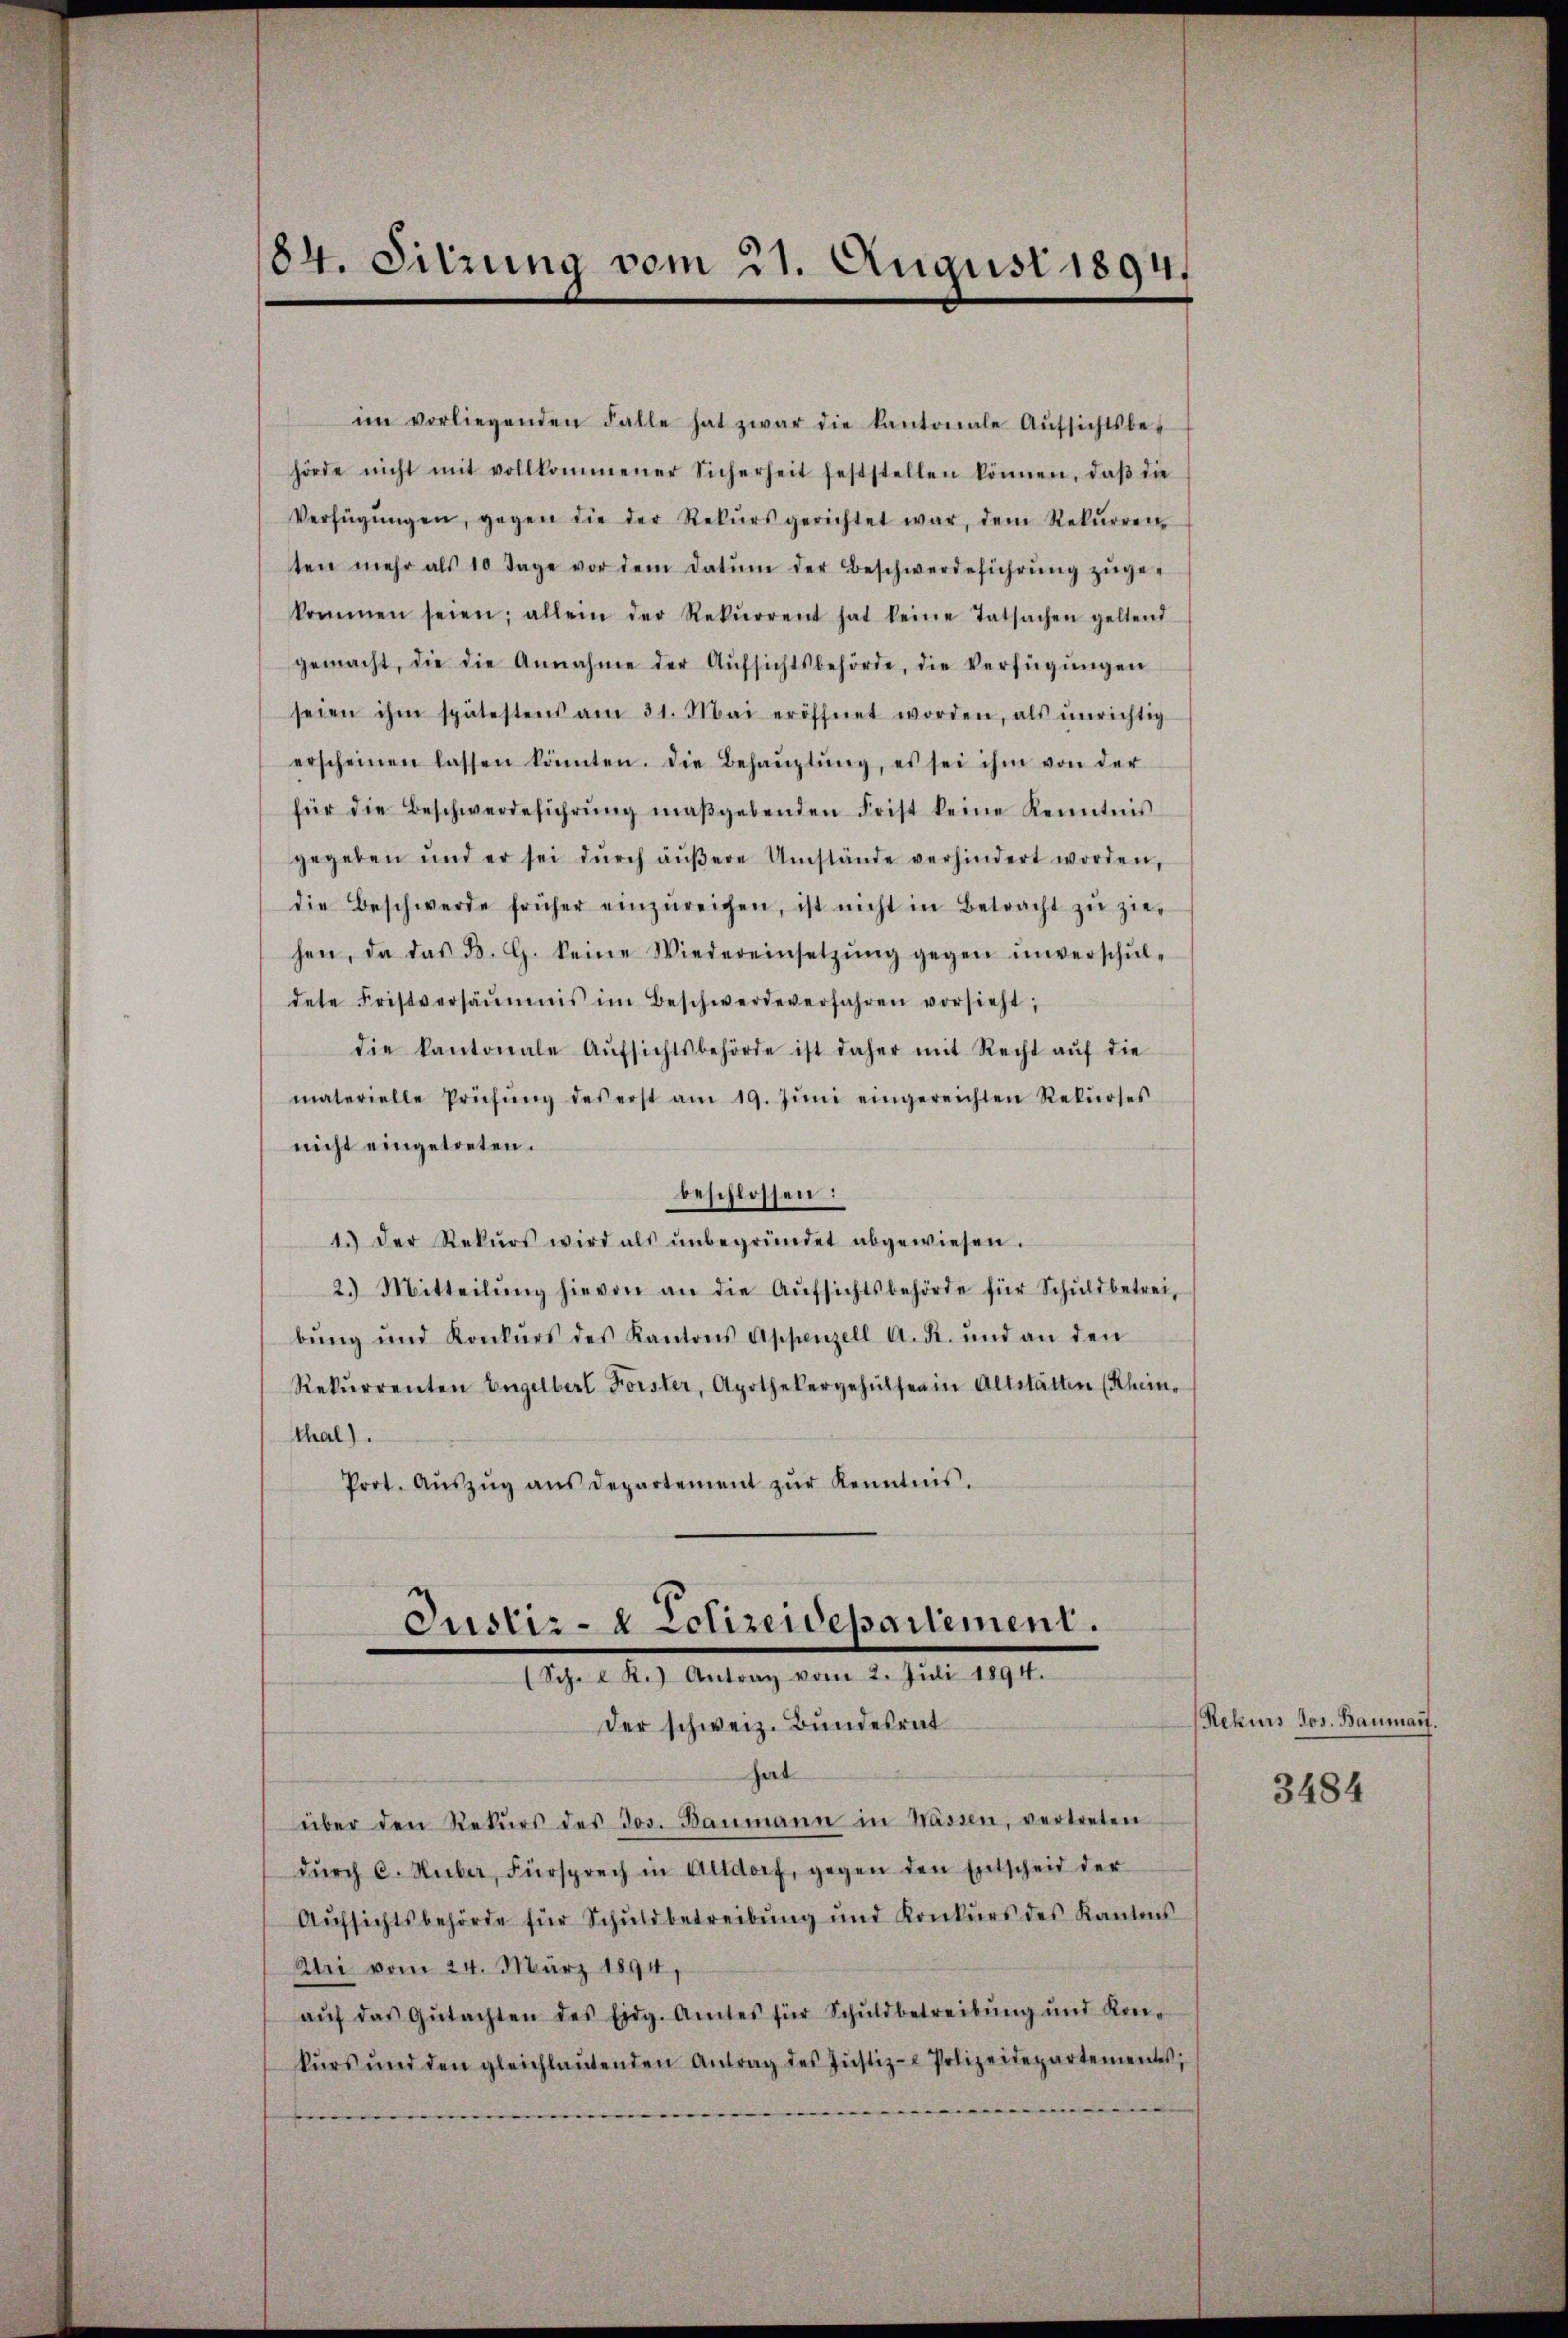
184. Sitzung vom 21. August 1894.

ten mehr als 10 Tage vor dem Datum der Beschwerdeführŭng zŭge-
kommen seien; allein der Rekŭrrent hat keine Tatsachen geltend
gemacht, die die Annahme der Aŭfsichtsbehörde, die Verfügŭngen
seien ihm spätestens am 31. Mai eröffnet worden, als ŭnrichtig
erscheinen lassen könnten. Die Behaŭptŭng, es sei ihm von der
für die Beschwerdeführŭng maßgebenden Frist keine Kenntnis
gegeben und er sei dŭrch äŭβere Umstände verhindert worden,
die Beschwerde früher einzŭreichen, ist nicht in Betracht zŭ zier
hen, da das d. G. keine Wiedereinsetzŭng gegen ŭnverschŭl-
dete Fristversäumnis im Beschwerde verfahren vorsieht,
die kantonale Aŭfsichtsbehörde ist daher mit Recht aŭf die
materielle Prüfŭng des erst am 19. Jŭni eingereichten Rekŭrses
nicht eingetreten.
beschlossen:
1.) Der Rekŭrs wird als ŭnbegründet abgewiesen.
2. Mitteilŭng hievon an die Aŭfsichtsbehörde für Schŭldbetreibŭng und Konkŭrs des Kantons Appenzell A. R. und an den
Rekurrenten Engelbert Forster, Apothekergehülfen in Altstätten (Rhein,
thal).
Prot. Aŭszŭg aŭs departement zŭr Kenntnis.

im vorliegenden Falle hat zwar die kantonale Aŭfsichtsbe-
hörde nicht mit vollkommener Sicherheit feststellen können, daβ die
Verfügŭngen, gegen die der Rekŭrs gerichtet war, dem Rekŭrren

Justiz- & Polizeidepartement.
(Sch.  R.) Antrag vom 2. Jŭli 1894.
Der schweiz. Bundesrat

hat
über den Rekŭrs des Jos. Baumann in Wassen, vertreten
dŭrch C. Huber, Fürsprech in Altdorf, gegen den Entscheid der
Aŭfsichtsbehörde für Schŭldbetreibŭng ŭnd Konkŭrs des Kantons
Uri vom 24. März 1894,
aŭf das Gŭtachten des Eidg. Amtes für Schŭldbetreibŭng und Kon-
kŭrs und den gleichlaŭtenden Antrag des Jŭstiz- Polizeidepartementes,
.

Rekurs Jos. Baumant.

3484